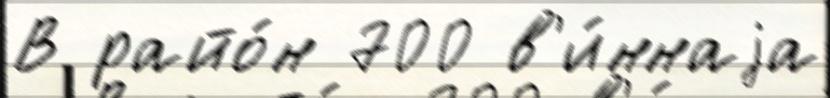
В райо́н 700 в'и́ннаjа